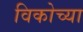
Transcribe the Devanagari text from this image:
विकोच्या